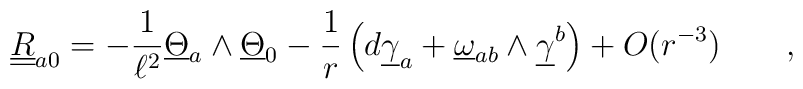
\underline{\underline R}_{ a 0} =- \frac 1 {\ell^2} \underline{\Theta} _{ a} \wedge \underline{\Theta}_{0}-{1\over r}\left(d\underline{\gamma}_{ a} + \underline{\omega}_{ a b}\wedge \underline{\gamma}^{ b}\right) + O(r^{-3}) \qquad ,